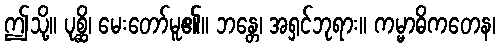
ဤသို့။ ပုစ္ဆိ၊ မေးတော်မူ၏။ ဘန္တေ၊ အရှင်ဘုရား။ ကမ္မာဓိကတေန၊